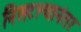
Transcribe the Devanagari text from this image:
निसटल्यानंतर